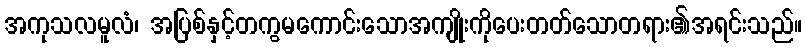
အကုသလမူလံ၊ အပြစ်နှင့်တကွမကောင်းသောအကျိုးကိုပေးတတ်သောတရား၏အရင်းသည်။